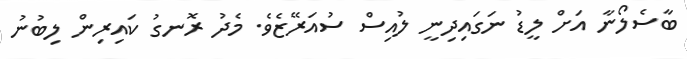
ބާސެލޯނާ އަށް ލީޑު ނަގައިދިނީ ލުއިސް ސުއަރޭޒެވެ. މެދު ރޮނގު ކައިރިން ލިބުނު